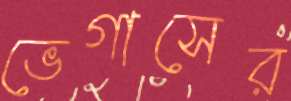
ভেগাসের